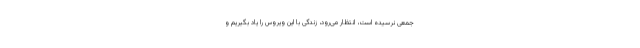
جمعی نرسیده است، انتظار می‌رود، زندگی با این ویروس را یاد بگیریم و